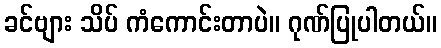
ခင်ဗျား သိပ် ကံကောင်းတာပဲ။ ဂုဏ်ပြုပါတယ်။